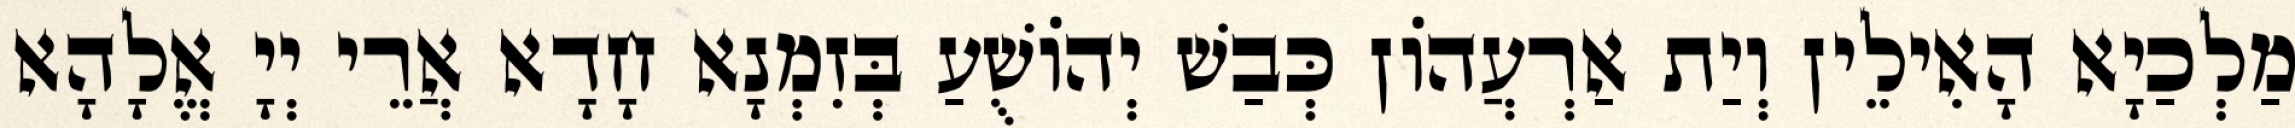
מַלְכַיָא הָאִילֵין וְיַת אַרְעֲהוֹן כְּבַשׁ יְהוֹשֻׁעַ בְּזִמְנָא חָדָא אֲרֵי יְיָ אֱלָהָא